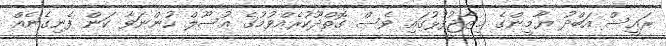
ރައީސް އަބްދު ޔާމީންގެ މިޒާޖުފުޅުގައި ވެސް ގޮތްދޫކުރެއްވުމުގެ އުސޫލް ހުންނަވާ ކަން ފެނިގެނެއް